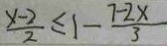
\frac { x - 2 } { 2 } \leq 1 - \frac { 7 - 2 x } { 3 }